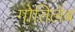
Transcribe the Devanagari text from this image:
गोतिलेब